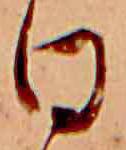
日